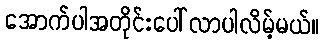
အောက်ပါအတိုင်းပေါ်လာပါလိမ့်မယ်။